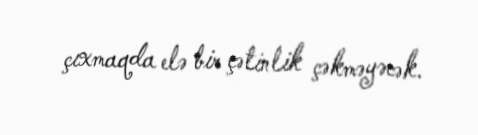
çıxmaqda elə bir çətinlik çəkməyəcək.